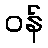
ဝန်